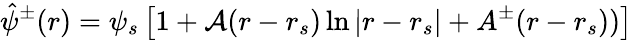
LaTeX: \hat{\psi}^{\pm}(r)=\psi_{s}\left[1+\mathcal{A}(r-r_{s})\ln{|r-r_{s}|}+A^{\pm}(r-r_{s}))\right]